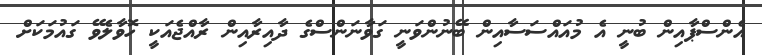
އެންސްޕާއިން ބުނީ އެ މުއައްސަސާއިން ބޭނުންވަނީ ގަވާނަންސްގެ ދާއިރާއިން ރާއްޖެއަކީ ހޮވާލެވޭ ގައުމަކަށް